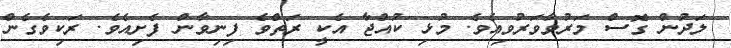
ލަދުން ގޮސް މަރުވާވަރުވިއެވެ. މުޅި ކުއްޖާ އެކީ ރަތްވެ ފިނިވާން ފެށިއެވެ. ރަކިވެގެން